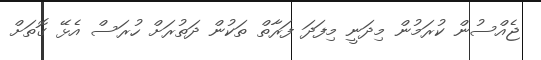
ޖެއްސުން ކުރަމުން މިދަނީ މިފަދަ ފަރާތް ތަކުން ދަތުރަށް ހުރަސް އެޅޭ ގޮތަށް